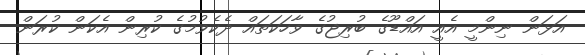
އަޅަން ނިންމީ އެއީ އައްޑޫގެ ބުރިޖުގެ ވާހަކަތައް ދެކެވުމުގެ ކުރިން އެކަން ކުރަން